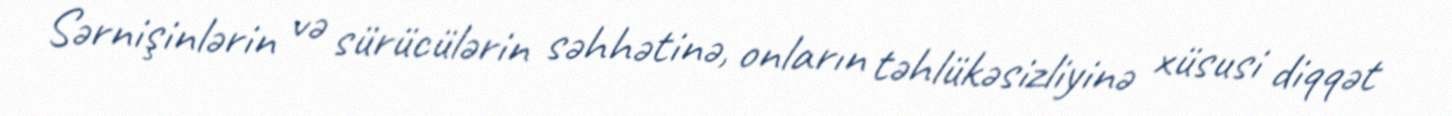
Sərnişinlərin və sürücülərin səhhətinə, onların təhlükəsizliyinə xüsusi diqqət